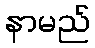
နာမည်